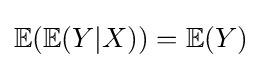
\mathbb {E} (\mathbb {E} (Y|X))=\mathbb {E} (Y)